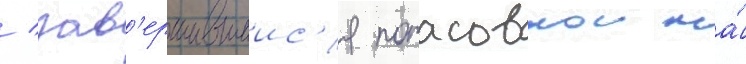
/ зав'ершившиис'я потасовкои на́